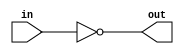
module inverting_buffer (
    input in,
    output out
);

assign out = ~in;

endmodule